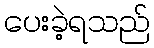
ပေးခဲ့ရသည်